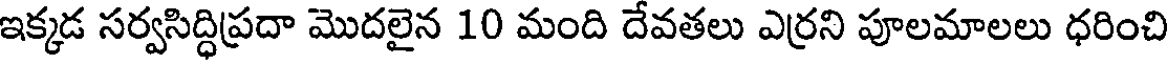
ఇక్కడ సర్వసిద్ధిప్రదా మొదలైన 10 మంది దేవతలు ఎర్రని పూలమాలలు ధరించి